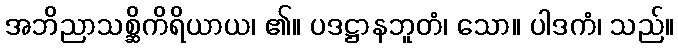
အဘိညာသစ္ဆိကိရိယာယ၊ ၏။ ပဒဋ္ဌာနဘူတံ၊ သော။ ပါဒကံ၊ သည်။